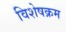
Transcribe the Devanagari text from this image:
विशेषक्रम